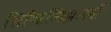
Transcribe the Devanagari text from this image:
सिव्हिलिझास्याँ